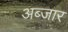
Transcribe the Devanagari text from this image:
अब्जार